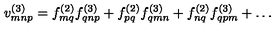
v _ { m n p } ^ { ( 3 ) } = f _ { m q } ^ { ( 2 ) } f _ { q n p } ^ { ( 3 ) } + f _ { p q } ^ { ( 2 ) } f _ { q m n } ^ { ( 3 ) } + f _ { n q } ^ { ( 2 ) } f _ { q p m } ^ { ( 3 ) } + \ldots